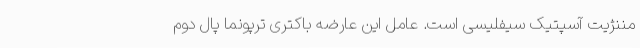
مننژیت آسپتیک سیفلیسی است. عامل این عارضه باکتری ترپونما پال دوم